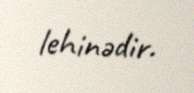
lehinədir.